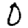
Digit: 0